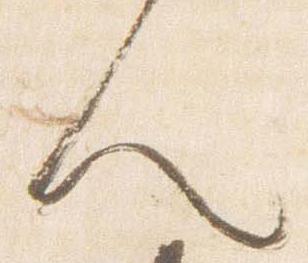
人